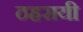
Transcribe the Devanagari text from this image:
ठहरायी